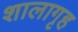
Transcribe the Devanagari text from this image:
शालागृह